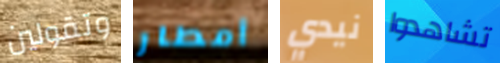
وتقولين أمطار نيدي تشاهدوا